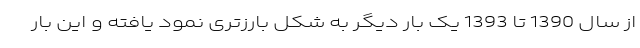
از سال 1390 تا 1393 یک بار دیگر به شکل بارزتری نمود یافته و این بار